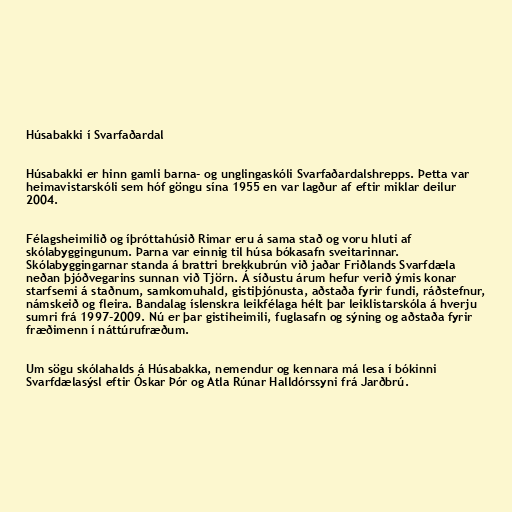
Húsabakki í Svarfaðardal

Húsabakki er hinn gamli barna- og unglingaskóli Svarfaðardalshrepps. Þetta var
heimavistarskóli sem hóf göngu sína 1955 en var lagður af eftir miklar deilur
2004.

Félagsheimilið og íþróttahúsið Rimar eru á sama stað og voru hluti af
skólabyggingunum. Þarna var einnig til húsa bókasafn sveitarinnar.
Skólabyggingarnar standa á brattri brekkubrún við jaðar Friðlands Svarfdæla
neðan þjóðvegarins sunnan við Tjörn. Á síðustu árum hefur verið ýmis konar
starfsemi á staðnum, samkomuhald, gistiþjónusta, aðstaða fyrir fundi, ráðstefnur,
námskeið og fleira. Bandalag íslenskra leikfélaga hélt þar leiklistarskóla á hverju
sumri frá 1997-2009. Nú er þar gistiheimili, fuglasafn og sýning og aðstaða fyrir
fræðimenn í náttúrufræðum.

Um sögu skólahalds á Húsabakka, nemendur og kennara má lesa í bókinni
Svarfdælasýsl eftir Óskar Þór og Atla Rúnar Halldórssyni frá Jarðbrú.